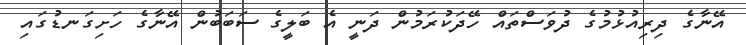
އޭނާގެ ދިރިއުޅުމުގެ ދުވަސްތަައް ހޭދަކުރަމުން ދަނީ އެ ބަލީގެ ސަބަބުން އޭނާގެ ހަށިގަނޑުގައި